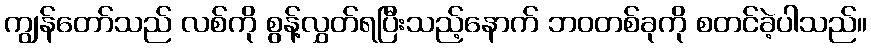
ကျွန်တော်သည် လစ်ကို စွန့်လွှတ်ရပြီးသည့်နောက် ဘဝတစ်ခုကို စတင်ခဲ့ပါသည်။